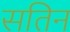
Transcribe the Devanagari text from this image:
सतिन